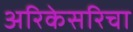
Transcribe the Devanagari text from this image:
अरिकेसरिचा